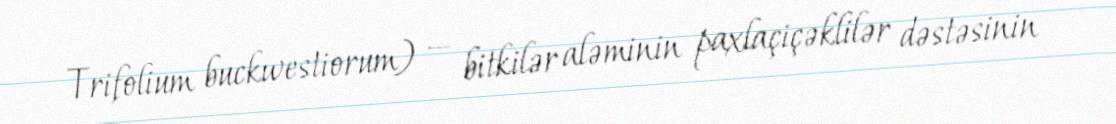
Trifolium buckwestiorum) — bitkilər aləminin paxlaçiçəklilər dəstəsinin